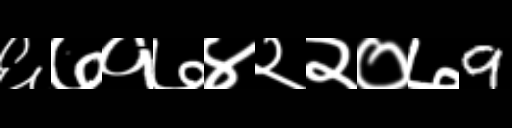
Text: ६७१७४२२०७9